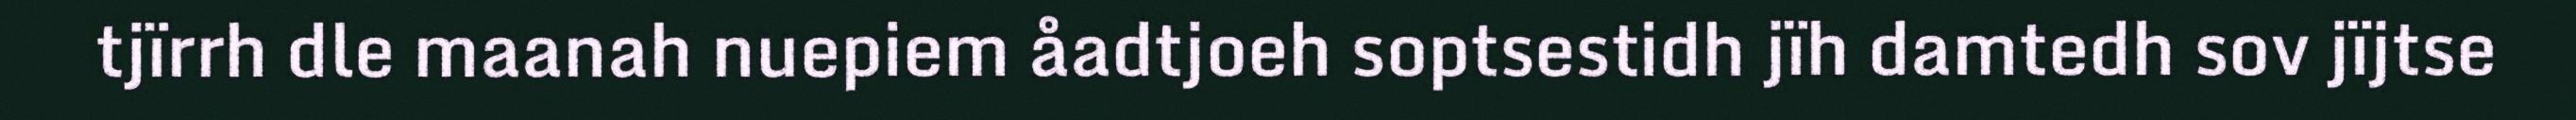
tjïrrh dle maanah nuepiem åadtjoeh soptsestidh jïh damtedh sov jïjtse